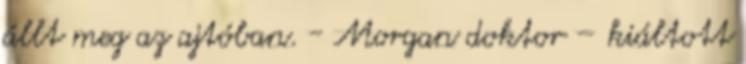
állt meg az ajtóban. - Morgan doktor – kiáltott